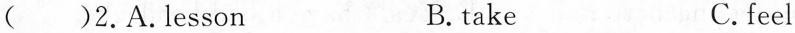
( )2.A.Lesson B.take C.feel